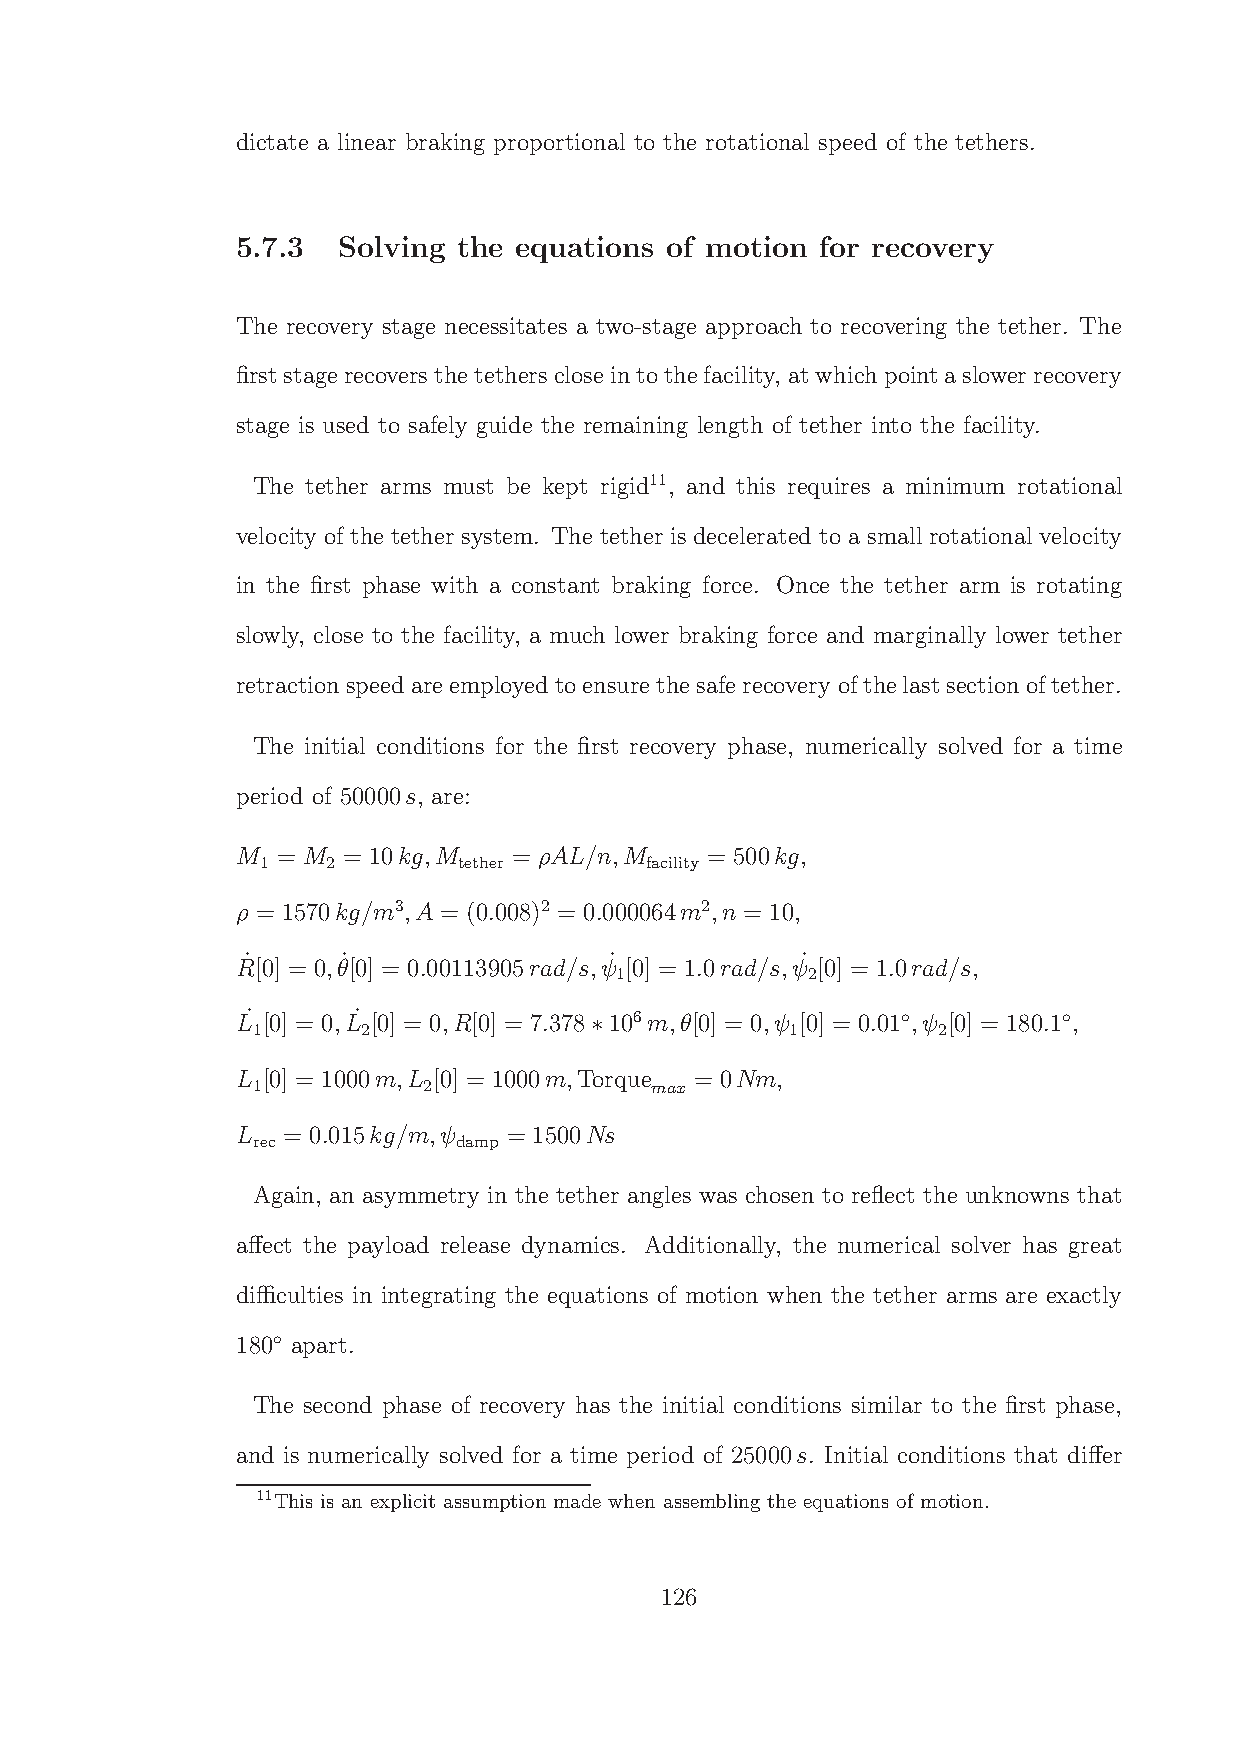
dictate a linear braking proportional to the rotational speed of the tethers.
 5.7.3 Solving the equations of motion for recovery
 The recovery stage necessitates a two-stage approach to recovering the tether. The
 firststagerecovers thetetherscloseintothefacility, atwhich pointaslower recovery
 stage is used to safely guide the remaining length of tether into the facility.
 The tether arms must be kept rigid11, and this requires a minimum rotational
 velocity of the tether system. The tether is decelerated to a small rotational velocity
 in the first phase with a constant braking force. Once the tether arm is rotating
 slowly, close to the facility, a much lower braking force and marginally lower tether
 retractionspeedareemployed toensure thesaferecovery ofthelastsectionoftether.
 The initial conditions for the first recovery phase, numerically solved for a time
 period of 50000s, are:
 M = M  = 10kg,M   = ρAL/n,M    = 500kg,
 1    2       tether       facility
 ρ = 1570kg/m3,A = (0.008)2 = 0.000064m2,n = 10,
 R˙[0] = 0,θ˙ [0] = 0.00113905rad/s,ψ˙ [0] = 1.0rad/s,ψ˙ [0] = 1.0rad/s,
 1           2
 L˙ [0] = 0,L˙ [0] = 0,R[0] = 7.378 106m,θ[0] = 0,ψ [0] = 0.01◦ ,ψ [0] = 180.1◦ ,
 1      2                           1         2
 ∗
 L [0] = 1000m,L [0] = 1000m,Torque = 0Nm,
 1          2              max
 L  = 0.015kg/m,ψ  = 1500Ns
 rec          damp
 Again, an asymmetry in the tether angles was chosen to reflect the unknowns that
 affect the payload release dynamics. Additionally, the numerical solver has great
 difficulties in integrating the equations of motion when the tether arms are exactly
 ◦
 180 apart.
 The second phase of recovery has the initial conditions similar to the first phase,
 and is numerically solved for a time period of 25000s. Initial conditions that differ
 11This is an explicit assumption made when assembling the equations of motion.
 126